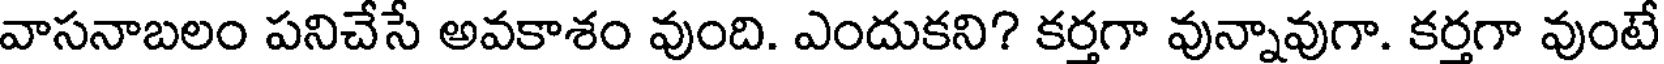
వాసనాబలం పనిచేసే అవకాశం వుంది. ఎందుకని? కర్తగా వున్నావుగా. కర్తగా వుంటే